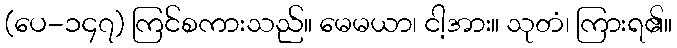
(ပေ-၁၄၇) ကြင်စကားသည်။ မေမယာ၊ ငါ့အား။ သုတံ၊ ကြားရ၏။